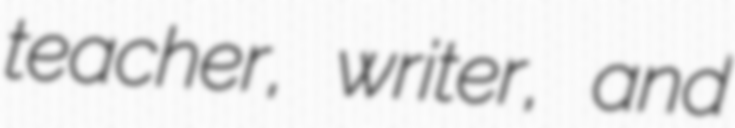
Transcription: teacher, writer, and